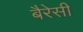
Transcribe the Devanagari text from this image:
बैरेसी